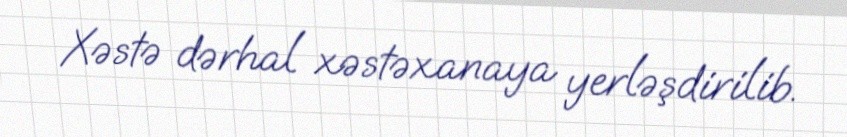
Xəstə dərhal xəstəxanaya yerləşdirilib.